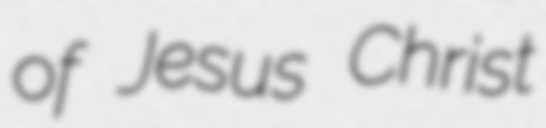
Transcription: of Jesus Christ